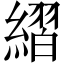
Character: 䌌